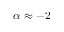
\alpha \approx - 2